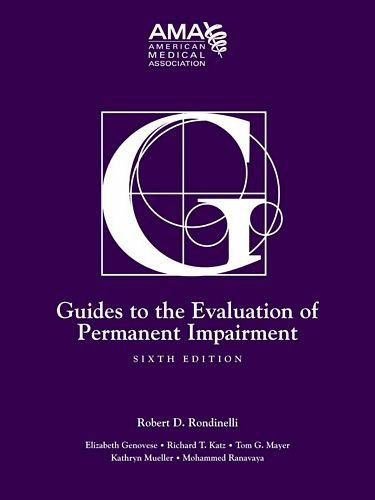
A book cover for Guides to the Evaluation of Permanent Impairment, Sixth Edition; American Medical Association; Medical Books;